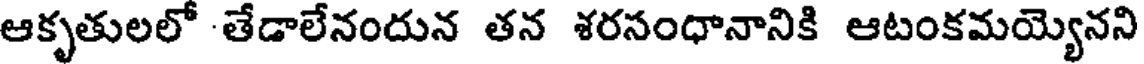
ఆకృతులలో -తేడాలేనందున తన శరసంధానానికి ఆటంకమయ్యెనని